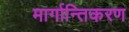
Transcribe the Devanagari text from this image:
मार्गान्तिकरण